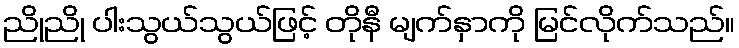
ညိုညို ပါးသွယ်သွယ်ဖြင့် တိုနီ မျက်နှာကို မြင်လိုက်သည်။